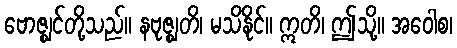
ဗောဇ္ဈင်တို့သည်။ နဗုဇ္ဈတိ၊ မသိနိုင်။ ဣတိ၊ ဤသို့။ အဝေါစ၊